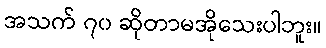
အသက် ၇၀ ဆိုတာမအိုသေးပါဘူး။